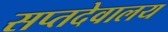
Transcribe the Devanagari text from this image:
सप्तदेवालय